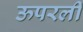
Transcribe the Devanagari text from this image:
ऊपरली